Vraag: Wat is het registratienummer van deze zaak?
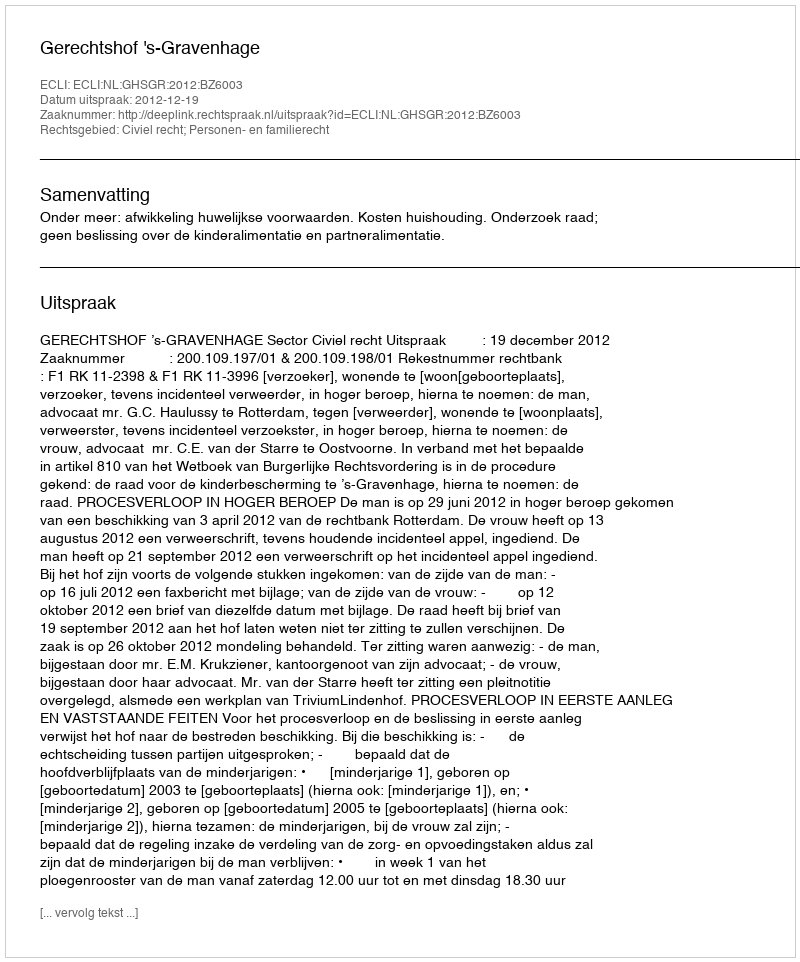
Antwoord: http://deeplink.rechtspraak.nl/uitspraak?id=ECLI:NL:GHSGR:2012:BZ6003